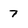
Character: 7